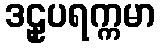
ဒဠှပရက္ကမာ